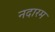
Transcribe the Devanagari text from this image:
नदारम